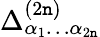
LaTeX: \Delta_{\alpha_{1}\dots\alpha_{2\mathtt{n}}}^{(2\mathtt{n})}